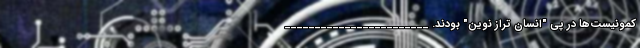
کمونیست‌ها در پی "انسان تراز نوین" بودند. ________________________